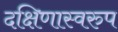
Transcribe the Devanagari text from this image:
दक्षिणास्वरुप